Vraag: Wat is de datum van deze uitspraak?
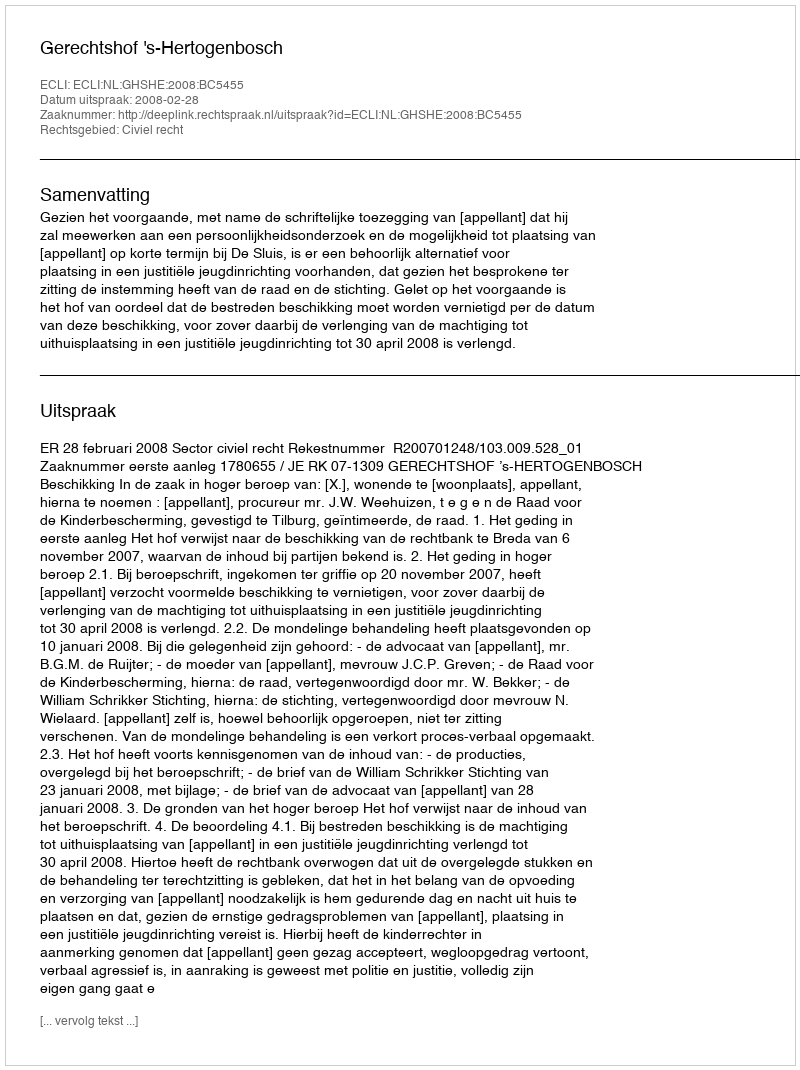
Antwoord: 2008-02-28